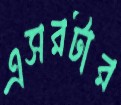
এসরটার